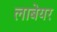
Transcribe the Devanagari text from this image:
लाबेयर